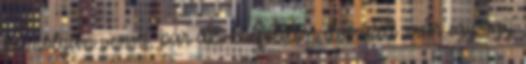
komolyan venni, bár aki külföldön élve átélt már egy-egy